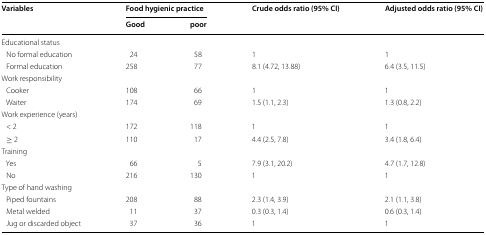
<table><thead><tr><td rowspan="2"><b>Variables</b></td><td colspan="2"><b>Food hygienic practice</b></td><td rowspan="2"><b>Crude odds ratio (95% CI)</b></td><td rowspan="2"><b>Adjusted odds ratio (95% CI)</b></td></tr><tr><td><b>Good</b></td><td><b>poor</b></td></tr></thead><tbody><tr><td colspan="5">Educational status</td></tr><tr><td> No formal education</td><td>24</td><td>58</td><td>1</td><td>1</td></tr><tr><td> Formal education</td><td>258</td><td>77</td><td>8.1 (4.72, 13.88)</td><td>6.4 (3.5, 11.5)</td></tr><tr><td colspan="5">Work responsibility</td></tr><tr><td> Cooker</td><td>108</td><td>66</td><td>1</td><td>1</td></tr><tr><td> Waiter</td><td>174</td><td>69</td><td>1.5 (1.1, 2.3)</td><td>1.3 (0.8, 2.2)</td></tr><tr><td colspan="5">Work experience (years)</td></tr><tr><td> &lt; 2</td><td>172</td><td>118</td><td>1</td><td>1</td></tr><tr><td> ≥ 2</td><td>110</td><td>17</td><td>4.4 (2.5, 7.8)</td><td>3.4 (1.8, 6.4)</td></tr><tr><td colspan="5">Training</td></tr><tr><td> Yes</td><td>66</td><td>5</td><td>7.9 (3.1, 20.2)</td><td>4.7 (1.7, 12.8)</td></tr><tr><td> No</td><td>216</td><td>130</td><td>1</td><td>1</td></tr><tr><td colspan="5">Type of hand washing</td></tr><tr><td> Piped fountains</td><td>208</td><td>88</td><td>2.3 (1.4, 3.9)</td><td>2.1 (1.1, 3.8)</td></tr><tr><td> Metal welded</td><td>11</td><td>37</td><td>0.3 (0.3, 1.4)</td><td>0.6 (0.3, 1.4)</td></tr><tr><td> Jug or discarded object</td><td>37</td><td>36</td><td>1</td><td>1</td></tr></tbody></table>